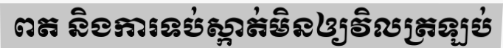
ពត និងការទប់ស្កាត់មិនឲ្យវិលត្រឡប់